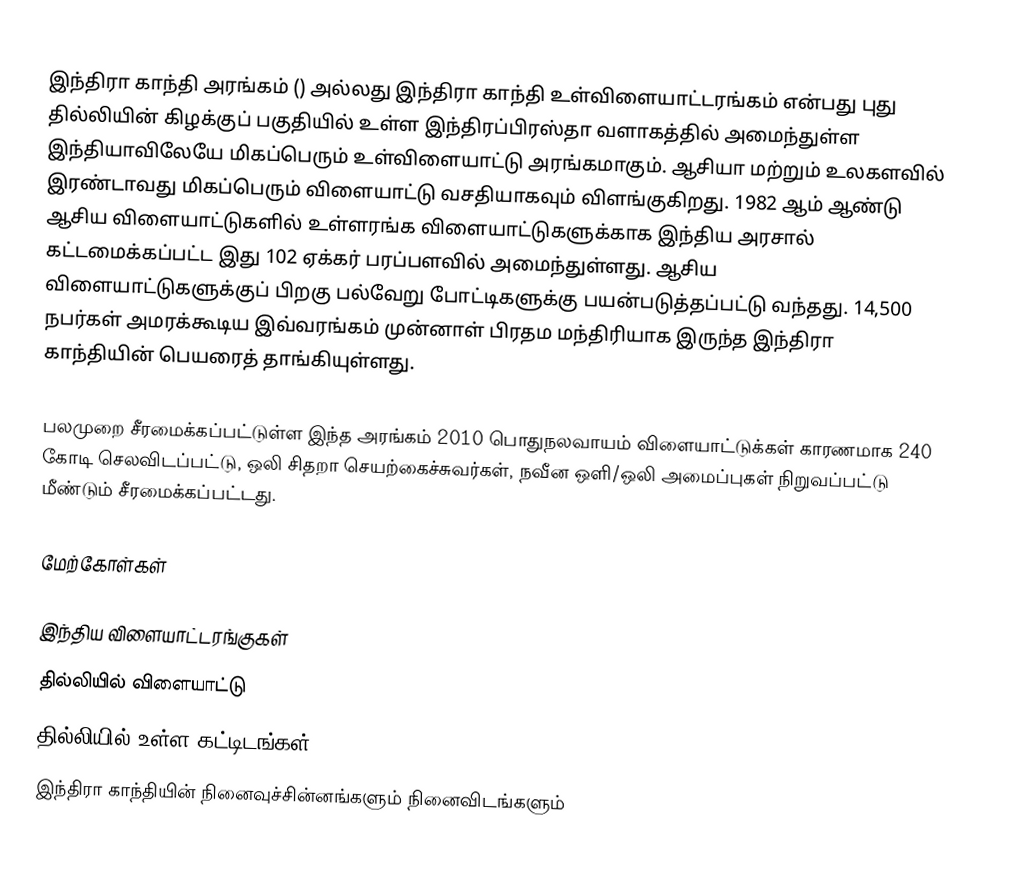
இந்திரா காந்தி அரங்கம் () அல்லது இந்திரா காந்தி உள்விளையாட்டரங்கம் என்பது புது தில்லியின் கிழக்குப் பகுதியில் உள்ள இந்திரப்பிரஸ்தா வளாகத்தில் அமைந்துள்ள இந்தியாவிலேயே மிகப்பெரும் உள்விளையாட்டு அரங்கமாகும். ஆசியா மற்றும் உலகளவில் இரண்டாவது மிகப்பெரும் விளையாட்டு வசதியாகவும் விளங்குகிறது. 1982 ஆம் ஆண்டு ஆசிய விளையாட்டுகளில் உள்ளரங்க விளையாட்டுகளுக்காக இந்திய அரசால் கட்டமைக்கப்பட்ட இது 102 ஏக்கர் பரப்பளவில் அமைந்துள்ளது. ஆசிய விளையாட்டுகளுக்குப் பிறகு பல்வேறு போட்டிகளுக்கு பயன்படுத்தப்பட்டு வந்தது. 14,500 நபர்கள் அமரக்கூடிய இவ்வரங்கம் முன்னாள் பிரதம மந்திரியாக இருந்த இந்திரா காந்தியின் பெயரைத் தாங்கியுள்ளது.

பலமுறை சீரமைக்கப்பட்டுள்ள இந்த அரங்கம் 2010 பொதுநலவாயம் விளையாட்டுக்கள் காரணமாக 240 கோடி செலவிடப்பட்டு, ஒலி சிதறா செயற்கைச்சுவர்கள், நவீன ஒளி/ஒலி அமைப்புகள் நிறுவப்பட்டு மீண்டும் சீரமைக்கப்பட்டது.

மேற்கோள்கள்

இந்திய விளையாட்டரங்குகள்
தில்லியில் விளையாட்டு
தில்லியில் உள்ள கட்டிடங்கள்
இந்திரா காந்தியின் நினைவுச்சின்னங்களும் நினைவிடங்களும்